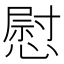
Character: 慰